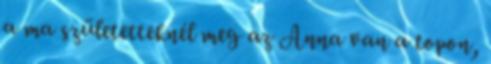
a ma születetteknél meg az Anna van a topon,